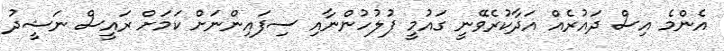
އެންމެ އިސް ދައުރެއް އަދާކުރެވޭނީ ގައުމީ ފުލުހުންނާއި ސިފައިންނަށް ކަމަށް ރައީސް ނަޝީދު